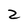
Character: Z